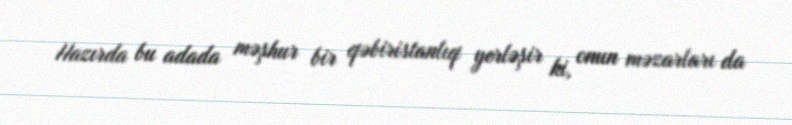
Hazırda bu adada məşhur bir qəbiristanlıq yerləşir ki, onun məzarları da